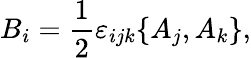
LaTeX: B_{i}=\frac{1}{2}\varepsilon_{ijk}\{ A_{j},A_{k}\} ,